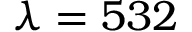
\lambda = 5 3 2